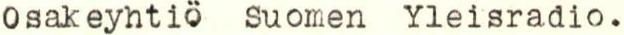
Osakeyhtiö Suomen Yleisradio.